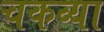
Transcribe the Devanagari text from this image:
चकव्या